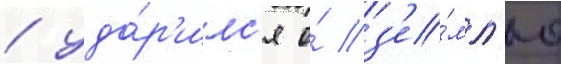
/ уда́р'илс'я о́ з'е́мл'ю